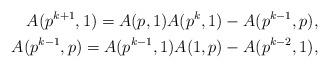
LaTeX: \begin{align*}A(p^{k+1},1)=A(p,1)A(p^{k},1)-A(p^{k-1},p),\\A(p^{k-1},p)=A(p^{k-1},1)A(1,p)-A(p^{k-2},1),\end{align*}